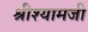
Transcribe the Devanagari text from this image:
श्रीश्यामजी